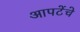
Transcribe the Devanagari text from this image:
आपटेंचे